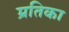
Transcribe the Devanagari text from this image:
म्रतिका